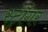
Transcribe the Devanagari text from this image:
स्ट्राँगर